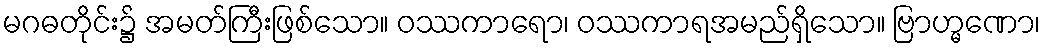
မဂဓတိုင်း၌ အမတ်ကြီးဖြစ်သော။ ဝဿကာရော၊ ဝဿကာရအမည်ရှိသော။ ဗြာဟ္မဏော၊